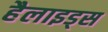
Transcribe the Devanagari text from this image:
हैलाइड्स